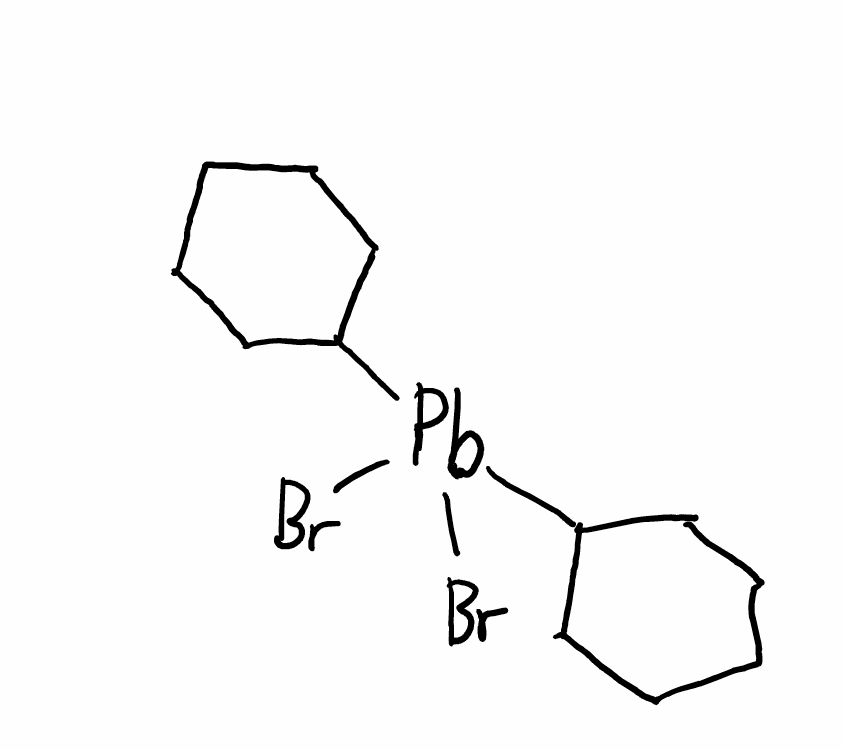
Simplified molecular-input line-entry system (SMILES) notation of the given molecule:
C1CCC(CC1)[Pb](C2CCCCC2)(Br)Br